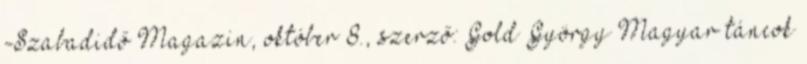
-Szabadidő Magazin, október 8., szerző: Gold György Magyar táncok